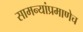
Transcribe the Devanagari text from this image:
सामन्यांप्रमाणेच